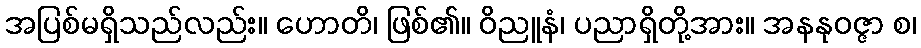
အပြစ်မရှိသည်လည်း။ ဟောတိ၊ ဖြစ်၏။ ဝိညူနံ၊ ပညာရှိတို့အား။ အနနုဝဇ္ဇာ စ၊